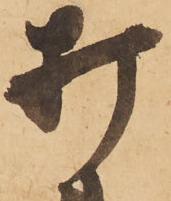
打